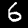
Digit: 6